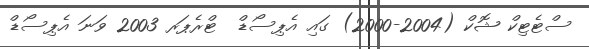
ސްޓެޓިކް ޝޮކް (2004-2000) ގައި އެޕިސޯޑް  ޓްރެޕަރ 2003 ވަނަ އެޕިސޯޑް